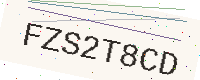
Text: FZS2T8CD